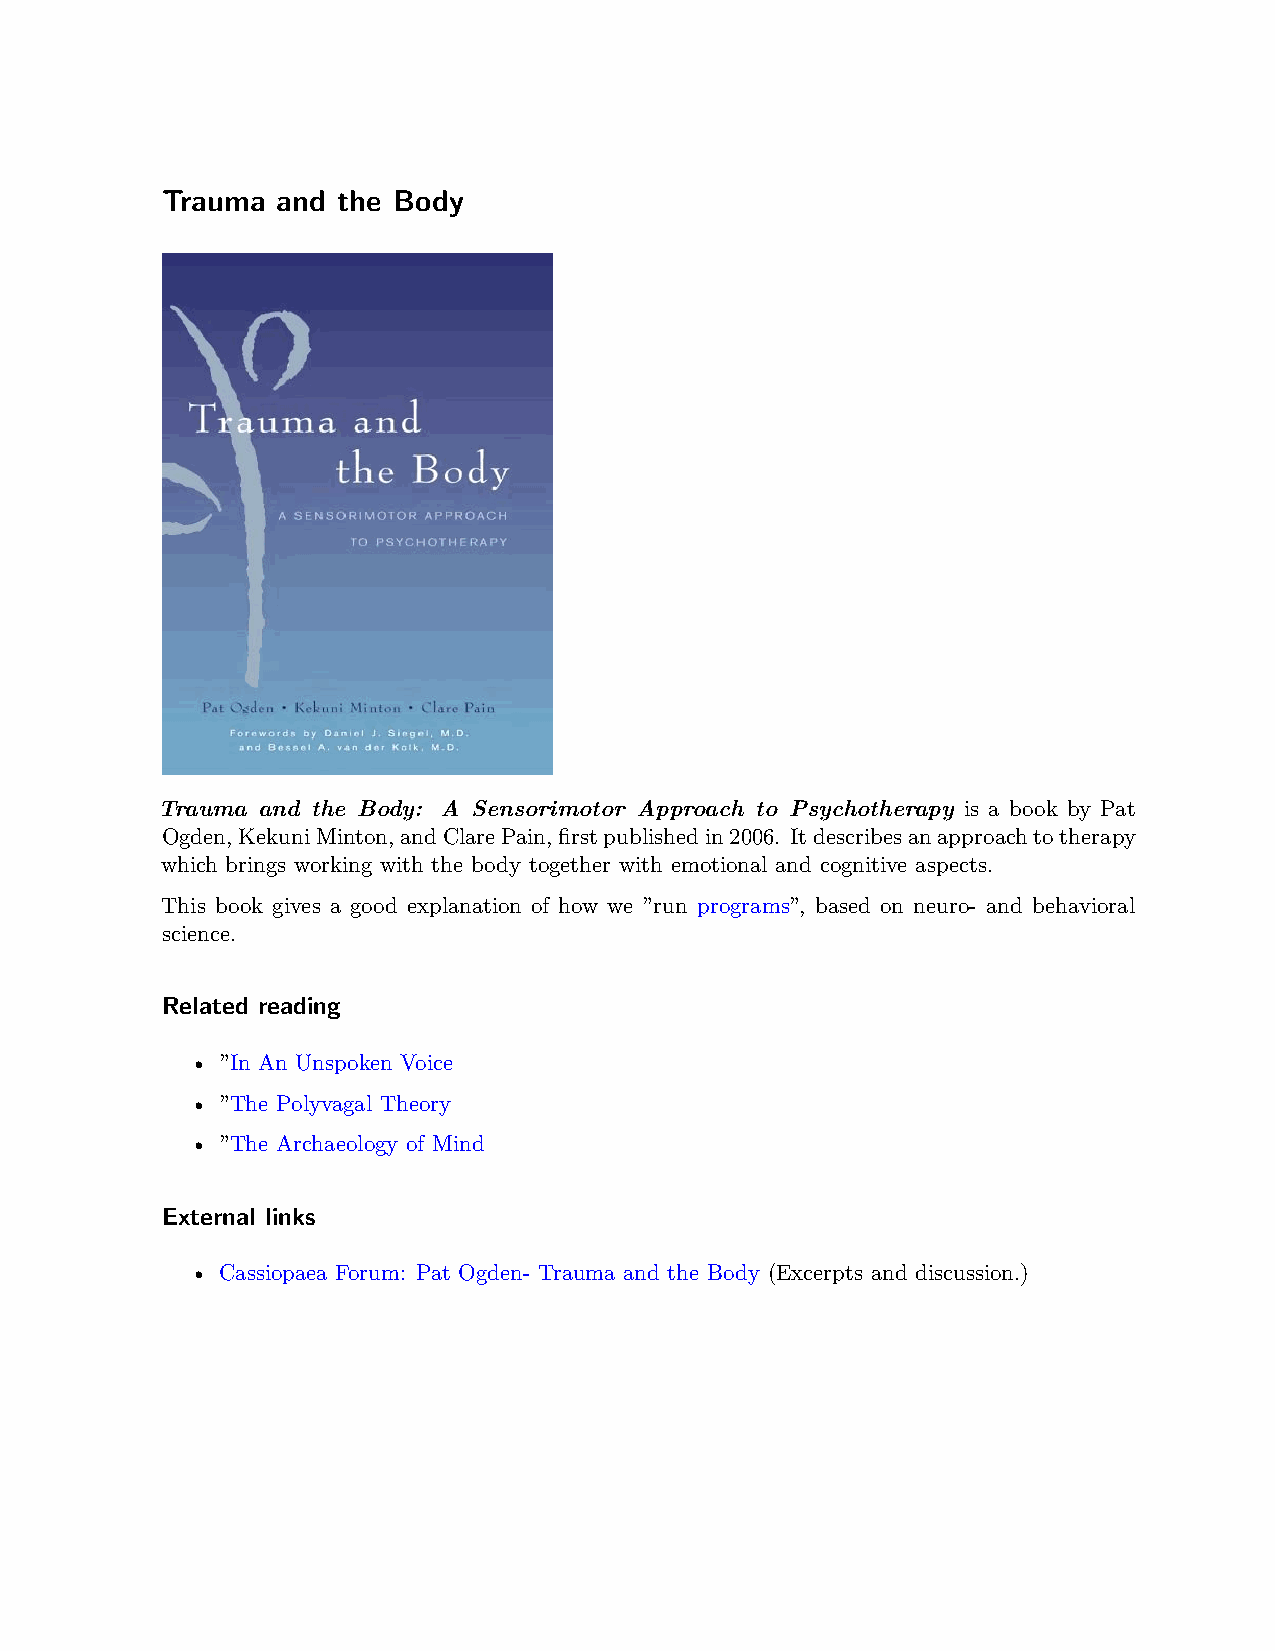
Trauma and the Body
 Trauma and the Body: A Sensorimotor Approach to Psychotherapy is a book by Pat
 Ogden,KekuniMinton,andClarePain,firstpublishedin2006. Itdescribesanapproachtotherapy
 which brings working with the body together with emotional and cognitive aspects.
 This book gives a good explanation of how we ”run programs”, based on neuro- and behavioral
 science.
 Related reading
 • ”In An Unspoken Voice
 • ”The Polyvagal Theory
 • ”The Archaeology of Mind
 External links
 • Cassiopaea Forum: Pat Ogden- Trauma and the Body (Excerpts and discussion.)